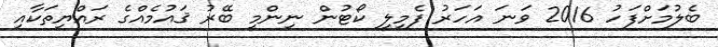
ބެލުމަށްފަހު 2016 ވަނަ އަހަރު ފެމިލީ ކޯޓުން ނިންމީ ބޭރު ޤައުމެއްގެ ރައްޔިތަކާއި